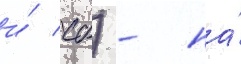
и́ сб) - на́